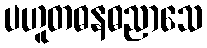
ပဟူတဓနဓညာသေ